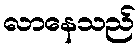
လာနေသည်